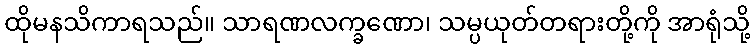
ထိုမနသိကာရသည်။ သာရဏလက္ခဏော၊ သမ္ပယုတ်တရားတို့ကို အာရုံသို့